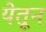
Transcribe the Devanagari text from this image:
येतून